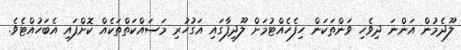
ލޫދެމުން އަންނަ ދިވެހި ވަންތަކަން ހިފެހެއްޓުމަށް ލޫދިފާގައި އަގުހުރި މަސައްކަތްތަކެއް ކޮށްފައި އެބަހުއްޓެވެ.